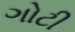
ગોટી